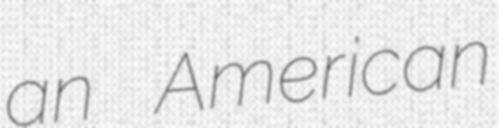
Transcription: an American